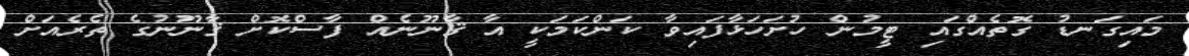
މައިގަނޑު ގޮތެއްގައި ޓީމުން ހުށަހަޅާފައިވާ ކަންކަމަކީ އާ ޤާނޫނެއް ފާސްކޮށް ޤާނޫނުގެ ތެރެއަށް